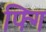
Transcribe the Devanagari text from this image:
फ्गि